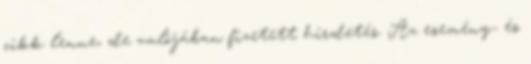
cikk lenne, de valójában fizetett hirdetés. Az esemény- és